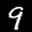
Label: 9